Rangoon Lunatic Asylum 1893-1897 - 1893-1897
Year: 1893
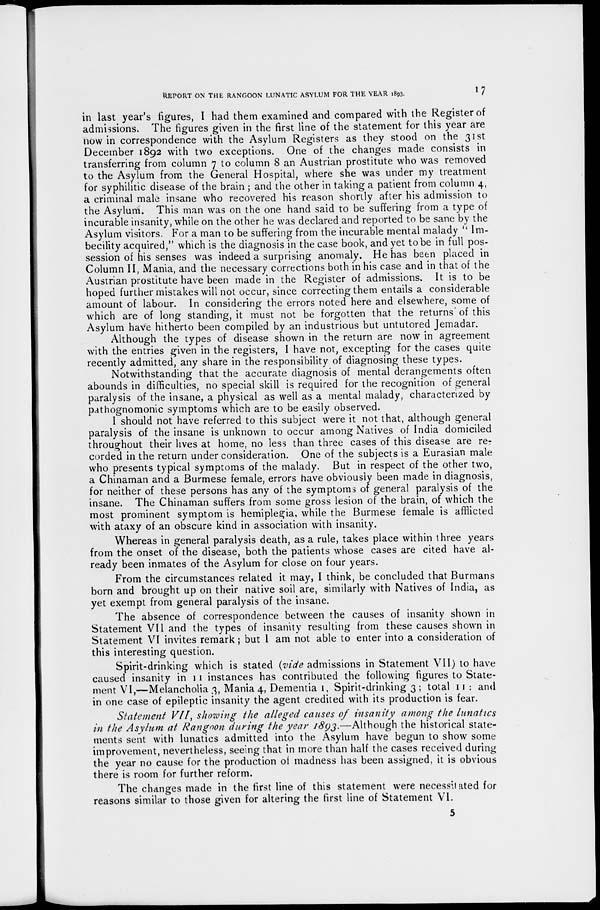
REPORT ON THE RANGOON LUNATIC ASYLUM FOR THE YEAR 1893.
17
in last year's figures, I had them examined and compared with the Register of
admissions. The figures given in the first line of the statement for this year are
now in correspondence with the Asylum Registers as they stood on the 31st
December 1892 with two exceptions. One of the changes made consists in
transferring from column 7 to column 8 an Austrian prostitute who was removed
to the Asylum from the General Hospital, where she was under my treatment
for syphilitic disease of the brain ; and the other in taking a patient from column 4,
a criminal male insane who recovered his reason shortly after his admission to
the Asylum. This man was on the one hand said to be suffering from a type of
incurable insanity, while on the other he was declared and reported to be sane by the
Asylum visitors. For a man to be suffering from the incurable mental malady " Im-
becility acquired," which is the diagnosis in the case book, and yet to be in full pos-
session of his senses was indeed a surprising anomaly. He has been placed in
Column II, Mania, and the necessary corrections both in his case and in that of the
Austrian prostitute have been made in the Register of admissions. It is to be
hoped further mistakes will not occur, since correcting them entails a considerable
amount of labour. In considering the errors noted here and elsewhere, some of
which are of long standing, it must not be forgotten that the returns' of this
Asylum have hitherto been compiled by an industrious but untutored Jemadar.
Although the types of disease shown in the return are now in agreement
with the entries given in the registers, I have not, excepting for the cases quite
recently admitted, any share in the responsibility of diagnosing these types.
Notwithstanding that the accurate diagnosis of mental derangements often
abounds in difficulties, no special skill is required for the recognition of general
paralysis of the insane, a physical as well as a mental malady, characterized by
pathognomonic symptoms which are to be easily observed.
I should not have referred to this subject were it not that, although general
paralysis of the insane is unknown to occur among Natives of India domiciled
throughout their lives at home, no less than three cases of this disease are re-
corded in the return under consideration. One of the subjects is a Eurasian male
who presents typical symptoms of the malady. But in respect of the other two,
a Chinaman and a Burmese female, errors have obviously been made in diagnosis,
for neither of these persons has any of the symptoms of general paralysis of the
insane. The Chinaman suffers from some gross lesion of the brain, of which the
most prominent symptom is hemiplegia, while the Burmese female is afflicted
with ataxy of an obscure kind in association with insanity.
Whereas in general paralysis death, as a rule, takes place within three years
from the onset of the disease, both the patients whose cases are cited have al-
ready been inmates of the Asylum for close on four years.
From the circumstances related it may, I think, be concluded that Burmans
born and brought up on their native soil are, similarly with Natives of India, as
yet exempt from general paralysis of the insane.
The absence of correspondence between the causes of insanity shown in
Statement VII and the types of insanity resulting from these causes shown in
Statement VI invites remark; but I am not able to enter into a consideration of
this interesting question.
Spirit-drinking which is stated (vide admissions in Statement VII) to have
caused insanity in 11 instances has contributed the following figures to State-
ment VI,—Melancholia 3, Mania 4, Dementia 1, Spirit-drinking 3 ; total 11 : and
in one case of epileptic insanity the agent credited with its production is fear.
Statement VII, showing the alleged causes of insanity among the lunatics
in the Asylum at Rangoon during the year 1893.—Although the historical state-
ments sent with lunatics admitted into the Asylum have begun to show some
improvement, nevertheless, seeing that in more than half the cases received during
the year no cause for the production of madness has been assigned, it is obvious
there is room for further reform.
The changes made in the first line of this statement were necessitated for
reasons similar to those given for altering the first line of Statement VI.
5